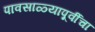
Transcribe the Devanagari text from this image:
पावसाळ्यापूर्वीचा